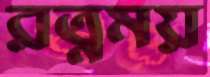
রত্নময়